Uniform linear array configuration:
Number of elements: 48
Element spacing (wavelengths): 0.5
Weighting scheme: cosine
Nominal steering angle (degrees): -60
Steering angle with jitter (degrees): -61.686
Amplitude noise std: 0.05
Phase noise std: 0.05

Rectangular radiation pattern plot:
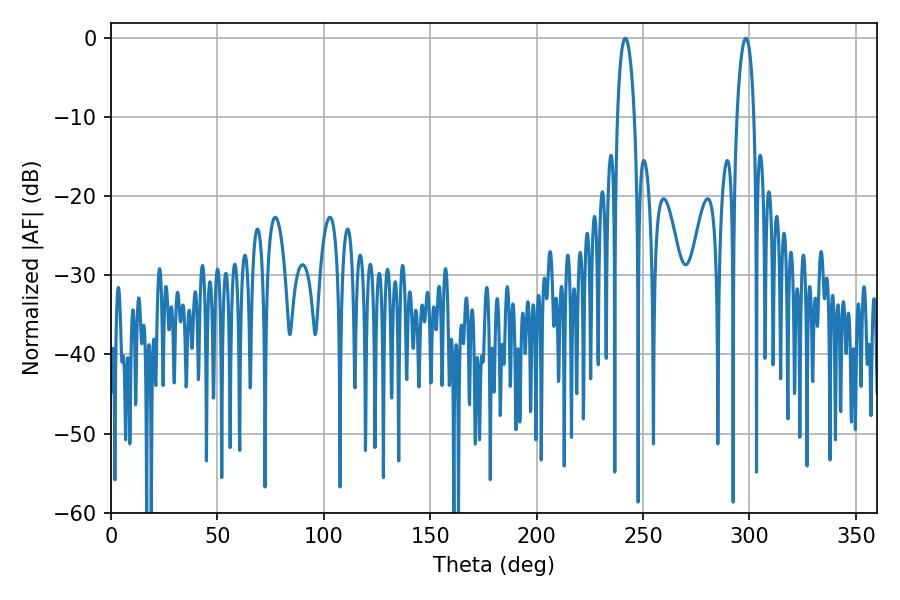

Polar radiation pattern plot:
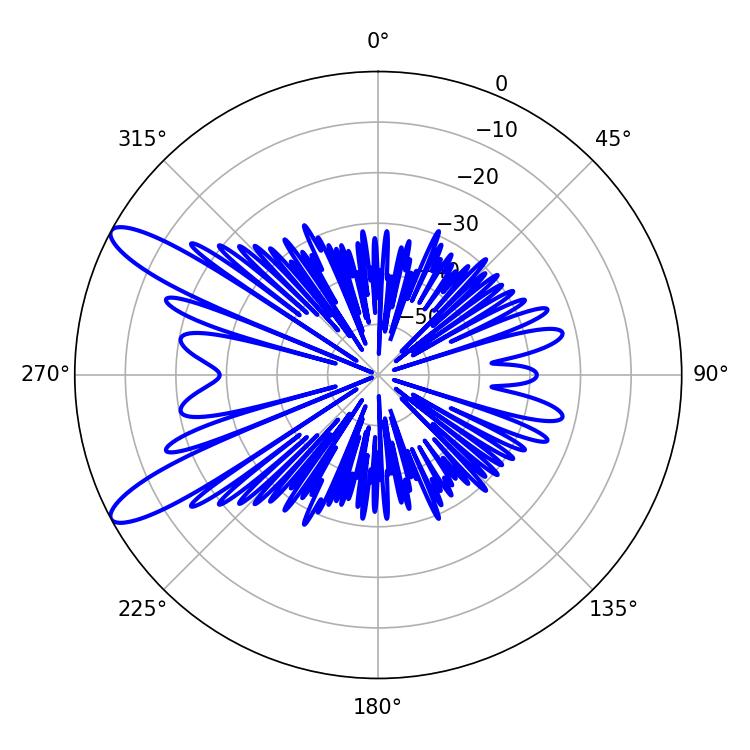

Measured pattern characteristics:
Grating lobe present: FALSE
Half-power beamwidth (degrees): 4.5
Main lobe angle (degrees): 298.26